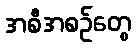
အစီအစဉ်တွေ